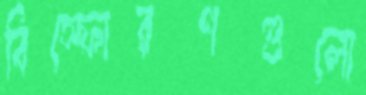
বিস্ফোরণগুলো